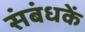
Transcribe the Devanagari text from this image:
संबंधकें